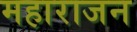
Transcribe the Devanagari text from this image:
महाराजन